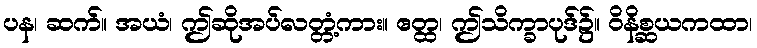
ပန၊ ဆက်။ အယံ၊ ဤဆိုအပ်လတ္တံ့ကား။ ဧတ္ထ၊ ဤသိက္ခာပုဒ်၌။ ဝိနိစ္ဆယကထာ၊